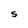
Character: S